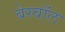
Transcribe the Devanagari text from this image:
बेस्बॉल